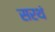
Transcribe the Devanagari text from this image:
सरथं